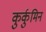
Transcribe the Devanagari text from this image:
कुर्कुमिन